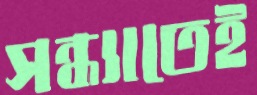
সন্ধ্যাতেই